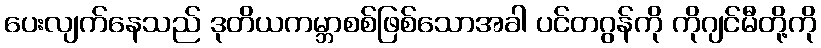
ပေးလျက်နေသည် ဒုတိယကမ္ဘာစစ်ဖြစ်သောအခါ ပင်တဂွန်ကို ကိုဂျင်မီတို့ကို